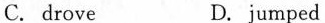
C. drove D.jumped